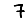
Digit: 7